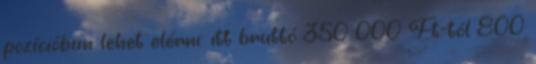
pozícióban lehet elérni: itt bruttó 350 000 Ft-tól 800